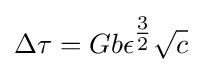
\Delta \tau =Gb\epsilon ^{\tfrac {3}{2}}{\sqrt {c}}